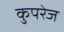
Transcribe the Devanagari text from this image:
कुपरेज